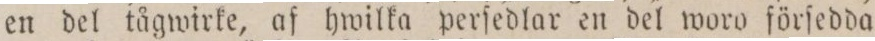
en del tågwirke, af hwilka perſedlar en del woro förſedda